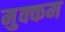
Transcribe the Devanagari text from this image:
मुक्कम